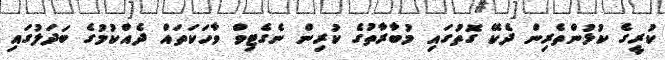
ކުރީގެ ކުޅުންތެރިން ދެކޭ ގޮތުގައި މުބާރާތުގެ ކުރިން ނެގެޓިވް ވާހަކަތައް ދެއްކުމުގެ ބަދަލުގައި